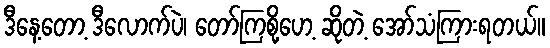
ဒီနေ့တော့ ဒီလောက်ပဲ၊ တော်ကြစို့ဟေ့ ဆိုတဲ့ အော်သံကြားရတယ်။